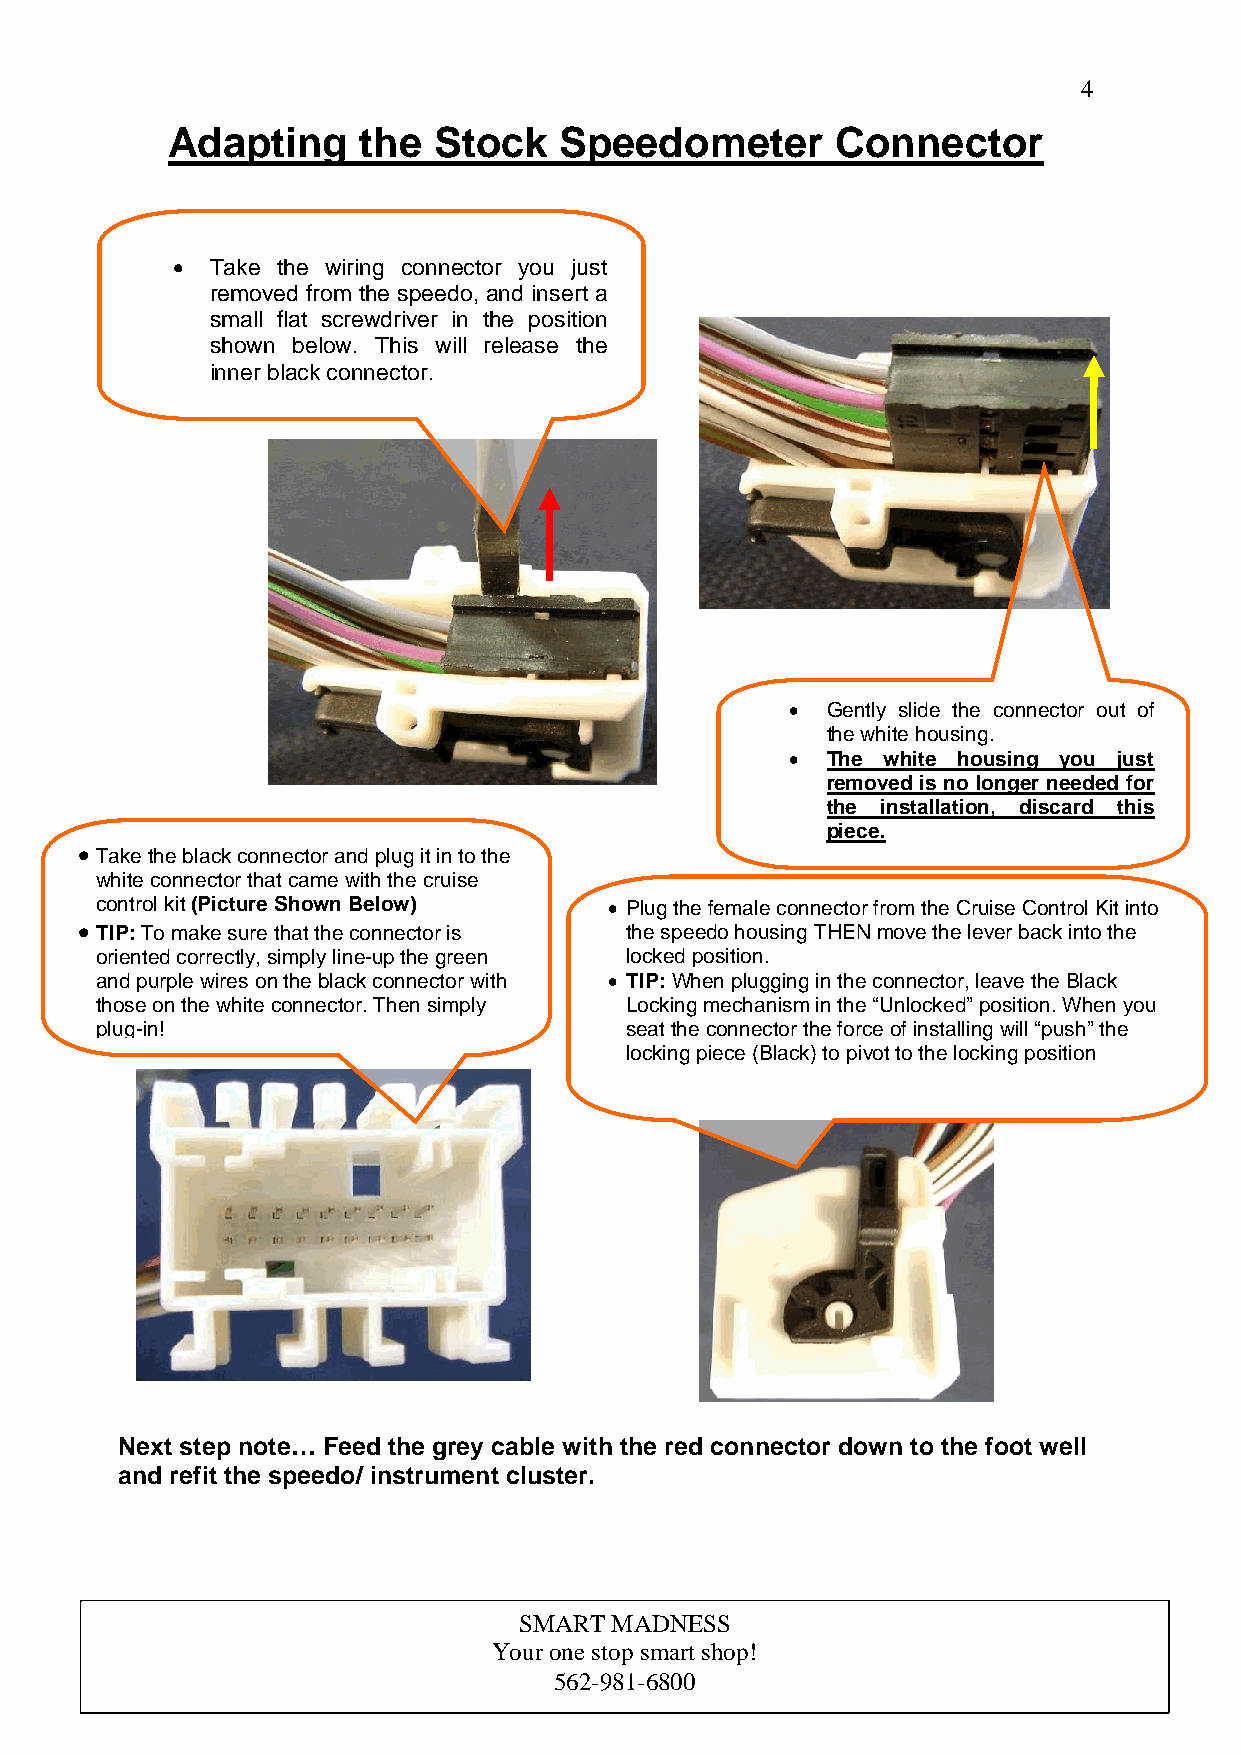
4
 Adapting     the  Stock   Speedometer       Connector
 •  Take the wiring connector you just
 removed from the speedo, and insert a
 small flat screwdr iver in the position
 shown below. Th is will release the
 inner black connec tor.
 •  Gently slide the connector out of
 the white housing.
 •  The white housing you just
 removed is no longer needed for
 the installation, discard this
 piece.
 • Take the black connector and plug it in to the
 white connector that came with the cruise
 control kit (Picture Shown Below) • Plug the female connector from the Cruise Control Kit into
 • TIP: To make sure that the connector is the speedo housing THEN move the lever back into the
 oriented correctly, simply line-up the green locked position.
 and purple wires on the black connector with • TIP: When plugging in the connector, leave the Black
 those on the white connector. Then simply Locking mechanism in the “Unlocked” position. When you
 plug-in!                           seat the connector the force of installing will “push” the
 locking piece (Black) to pivot to the locking position
 Next step note… Feed the grey cable with the red connector down to the foot well
 and refit the speedo/ instrument cluster.
 SMART MADNESS
 Your one stop smart shop!
 562-981-6800